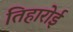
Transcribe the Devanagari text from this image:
तिहारोई